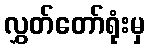
လွှတ်တော်ရုံးမှ